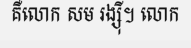
គឺលោក សម រង្ស៊ី។ លោក